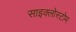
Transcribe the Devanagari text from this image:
साइक्लोस्टोम